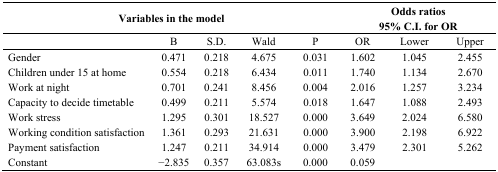
| <COLSPAN=5> Variables in the model | <COLSPAN=3> Odds ratios 95% C.I. for OR |
 | --- | --- | --- | --- | --- | --- | --- | --- |
 |  | B | S.D. | Wald | P | OR | Lower | Upper |
 | Gender | 0.471 | 0.218 | 4.675 | 0.031 | 1.602 | 1.045 | 2.455 |
 | Children under 15 at home | 0.554 | 0.218 | 6.434 | 0.011 | 1.740 | 1.134 | 2.670 |
 | Work at night | 0.701 | 0.241 | 8.456 | 0.004 | 2.016 | 1.257 | 3.234 |
 | Capacity to decide timetable | 0.499 | 0.211 | 5.574 | 0.018 | 1.647 | 1.088 | 2.493 |
 | Work stress | 1.295 | 0.301 | 18.527 | 0.000 | 3.649 | 2.024 | 6.580 |
 | Working condition satisfaction | 1.361 | 0.293 | 21.631 | 0.000 | 3.900 | 2.198 | 6.922 |
 | Payment satisfaction | 1.247 | 0.211 | 34.914 | 0.000 | 3.479 | 2.301 | 5.262 |
 | Constant | −2.835 | 0.357 | 63.083s | 0.000 | 0.059 |  |  |